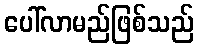
ပေါ်လာမည်ဖြစ်သည်